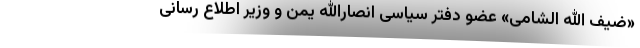
«ضیف الله الشامی» عضو دفتر سیاسی انصارالله یمن و وزیر اطلاع رسانی